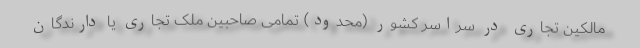
مالکین تجاری در سراسر کشور (محدود) تمامی صاحبین ملک تجاری یا دارندگان